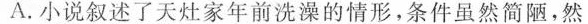
A.小说叙述了天灶家年前洗澡的情形，条件虽然简陋，然